Some observations on the morphology and mechanism of the parts in the orthorrapha - Number 58
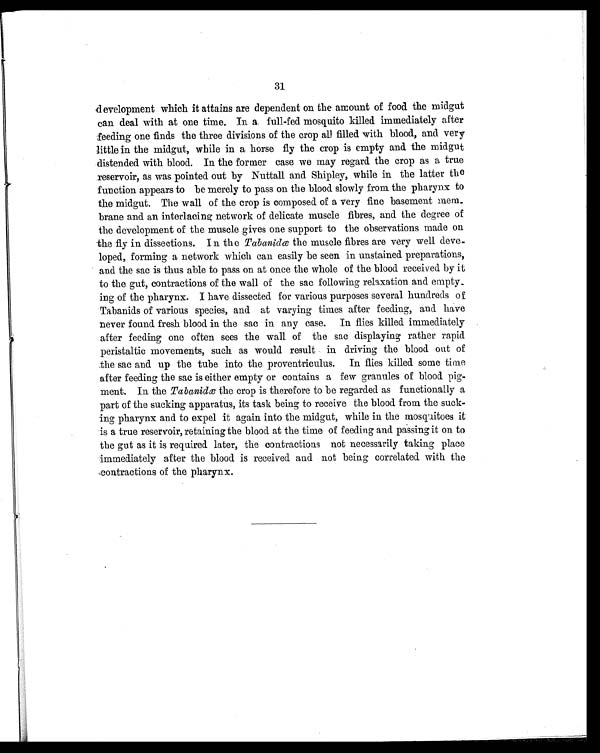
31
development which it attains are dependent on the amount of food the midgut
can deal with at one time. In a full-fed mosquito killed immediately after
feeding one finds the three divisions of the crop all filled with blood, and very
little in the midgut, while in a horse fly the crop is empty and the midgut
distended with blood. In the former case we may regard the crop as a true
reservoir, as was pointed out by Nuttall and Shipley, while in the latter the
function appears to be merely to pass on the blood slowly from the pharynx to
the midgut. The wall of the crop is composed of a very fine basement mem-
brane and an interlacing network of delicate muscle fibres, and the degree of
the development of the muscle gives one support to the observations made on
the fly in dissections. I n the Tabanidæ the muscle fibres are very well deve
-loped, forming a network which can easily be seen in unstained preparations,
and the sac is thus able to pass on at once the whole of the blood received by it
to the gut, contractions of the wall of the sac following relaxation and empty-
ing of the pharynx. I have dissected for various purposes several hundreds of
Tabanids of various species, and at varying times after feeding, and have
never found fresh blood in the sac in any case. In flies killed immediately
after feeding one often sees the wall of the sac displaying rather rapid
peristaltic movements, such as would result in driving the blood out of
the sac and up the tube into the proventriculus. In flies killed some time
after feeding the sac is either empty or contains a few granules of blood pig-
ment. In the Tabanidœ the crop is therefore to be regarded as functionally a
part of the sucking apparatus, its task being to receive the blood from the suck-
ing pharynx and to expel it again into the midgut, while in the mosquitoes it
is a true reservoir, retaining the blood at the time of feeding and passing it on to
the gut as it is required later, the contractions not necessarily taking place
immediately after the blood is received and not being correlated with the
contractions of the pharynx.